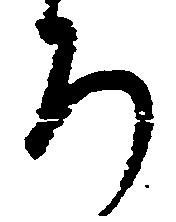
ろ